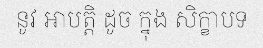
នូវ អាបត្តិ ដូច ក្នុង សិក្ខាបទ